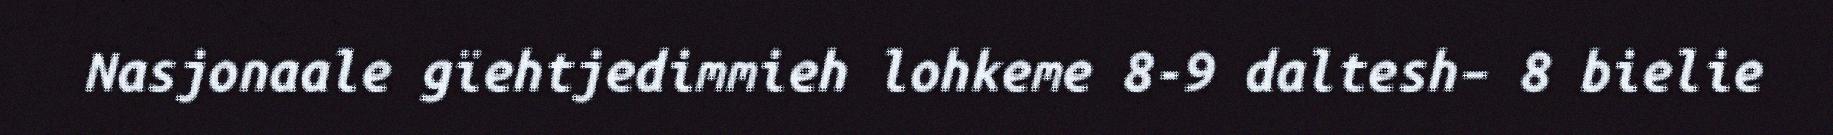
Nasjonaale gïehtjedimmieh lohkeme 8-9 daltesh– 8 bielie